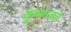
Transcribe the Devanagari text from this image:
कृष्णका